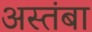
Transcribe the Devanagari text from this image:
अस्तंबा